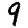
Digit: 9